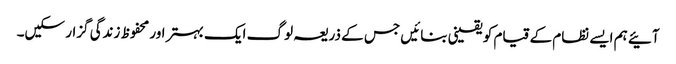
آئیے ہم ایسے نظام کے قیام کو یقینی بنائیں جس کے ذریعہ لوگ ایک بہتر اور محفوظ زندگی گزار سکیں۔